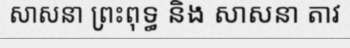
សាសនា ព្រះពុទ្ធ និង សាសនា តាវ